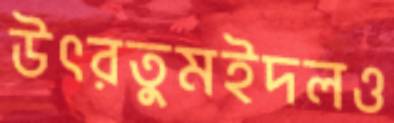
উৎরতুমইদলও